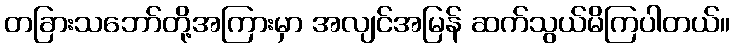
တခြားသဘော်တို့အကြားမှာ အလျင်အမြန် ဆက်သွယ်မိကြပါတယ်။